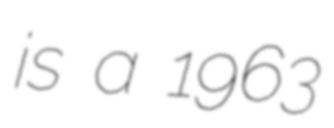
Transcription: is a 1963